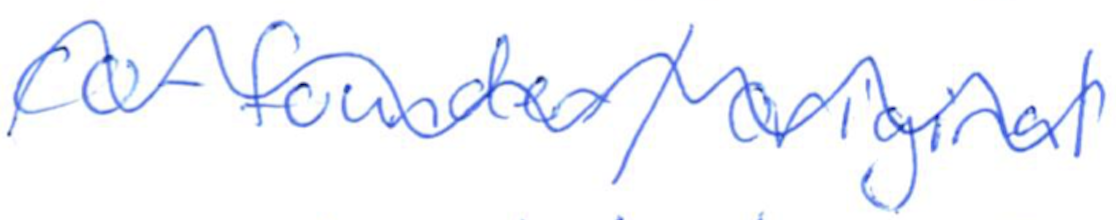
Text: co-founder/original
Cross-out: wave
Writing tool: ballpoint